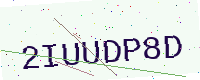
Text: 2IUUDP8D